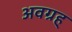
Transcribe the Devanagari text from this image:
अवग्रह्